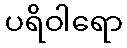
ပရိဝါရော